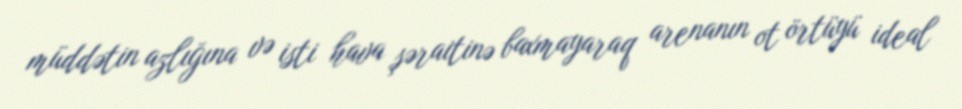
müddətin azlığına və isti hava şəraitinə baxmayaraq arenanın ot örtüyü ideal